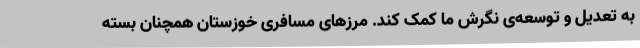
به تعدیل و توسعه‌ی نگرش ما کمک کند. مرزهای مسافری خوزستان همچنان بسته